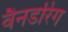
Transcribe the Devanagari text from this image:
वैनडरिंग